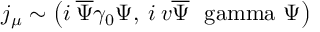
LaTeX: j _ { \mu } \sim \left( i \: \overline { { { \Psi } } } \gamma _ { 0 } \Psi , \: i \: v \overline { { { \Psi } } } \mathrm { \boldmath ~ \ g a m m a ~ } \Psi \right)